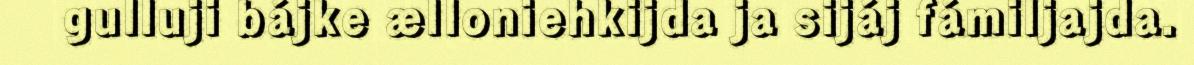
gulluji bájke ælloniehkijda ja sijáj fámiljajda.